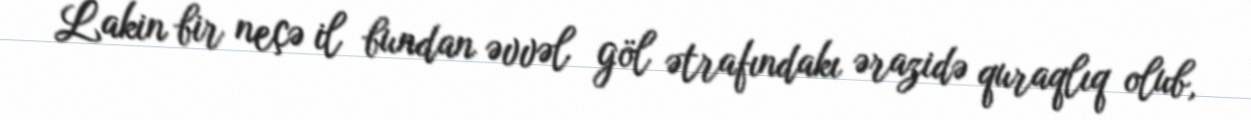
Lakin bir neçə il bundan əvvəl göl ətrafındakı ərazidə quraqlıq olub,